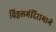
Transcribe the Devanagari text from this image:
विठ्ठलमंदिरामागे